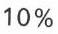
10 %